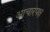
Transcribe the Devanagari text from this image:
आचारपक्ष